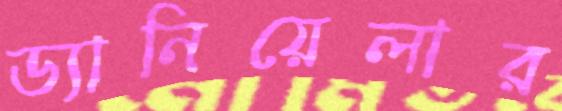
ড্যানিয়েলার